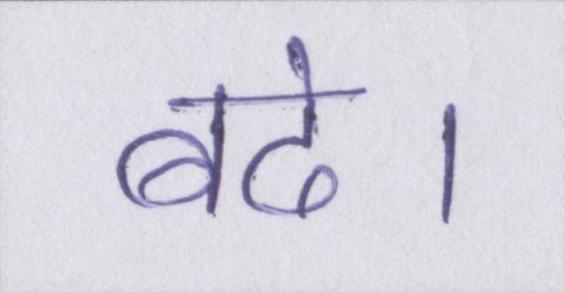
बढे।